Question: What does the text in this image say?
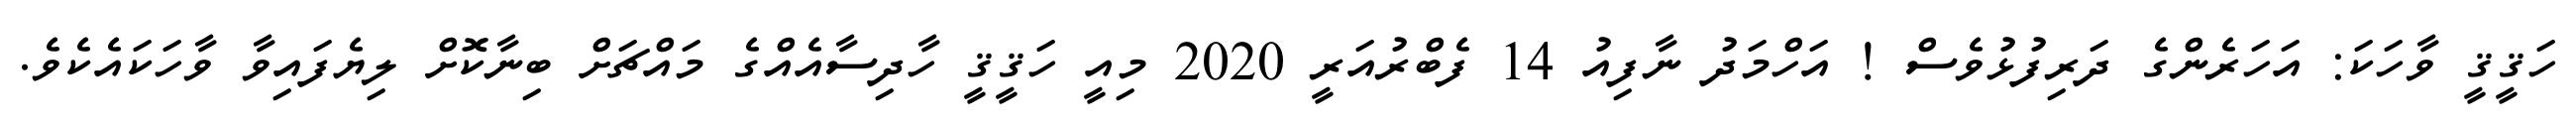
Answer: ހަޤީޤީ ވާހަކަ: އަހަރެންގެ ދަރިފުޅުވެސް ! އަހްމަދު ނާފިއު 14 ފެބްރުއަރީ 2020 މިއީ ހަޤީޤީ ހާދިސާއެއްގެ މައްޗަށް ބިނާކޮށް ލިޔެފައިވާ ވާހަކައެކެވެ.